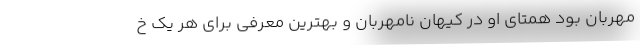
مهربان بود همتای او در کیهان نامهربان و بهترین معرفی برای هر یک خ